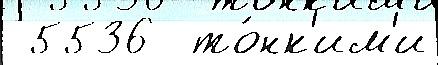
 5536  то́нк'им'и